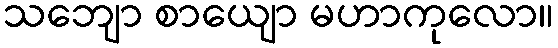
သဘျော စာယျော မဟာကုလော။